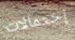
إحتمالات